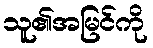
သူ၏အမြင်ကို